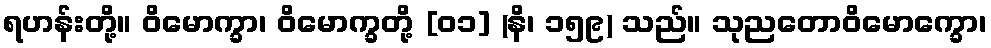
ရဟန်းတို့။ ဝိမောက္ခာ၊ ဝိမောက္ခတို့ [၀၁] (နိ၊ ၁၅၉) သည်။ သုညတောဝိမောက္ခော၊